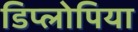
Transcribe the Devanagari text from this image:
डिप्लोपिया